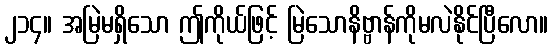
၂၁၄။ အမြဲမရှိသော ဤကိုယ်ဖြင့် မြဲသောနိဗ္ဗာန်ကိုမလဲနိုင်ပြီလော။